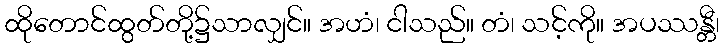
ထိုတောင်ထွတ်တို့၌သာလျှင်။ အဟံ၊ ငါသည်။ တံ၊ သင့်ကို။ အပဿန္တီ၊